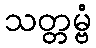
သတ္တမ္ဗံ